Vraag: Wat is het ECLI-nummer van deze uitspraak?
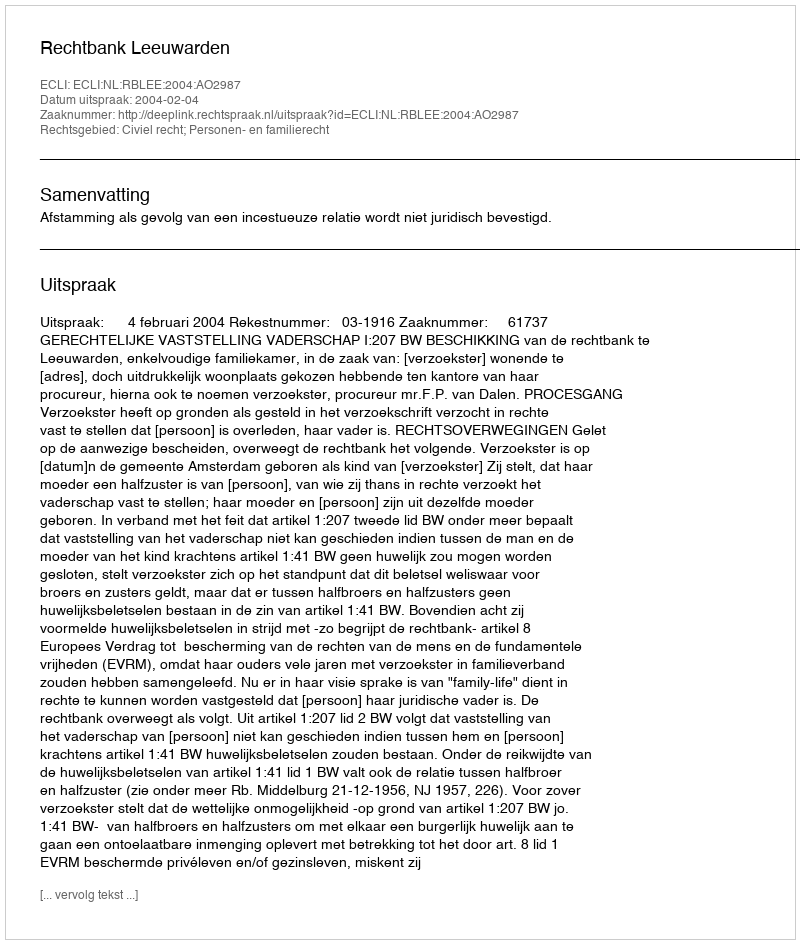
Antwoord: ECLI:NL:RBLEE:2004:AO2987